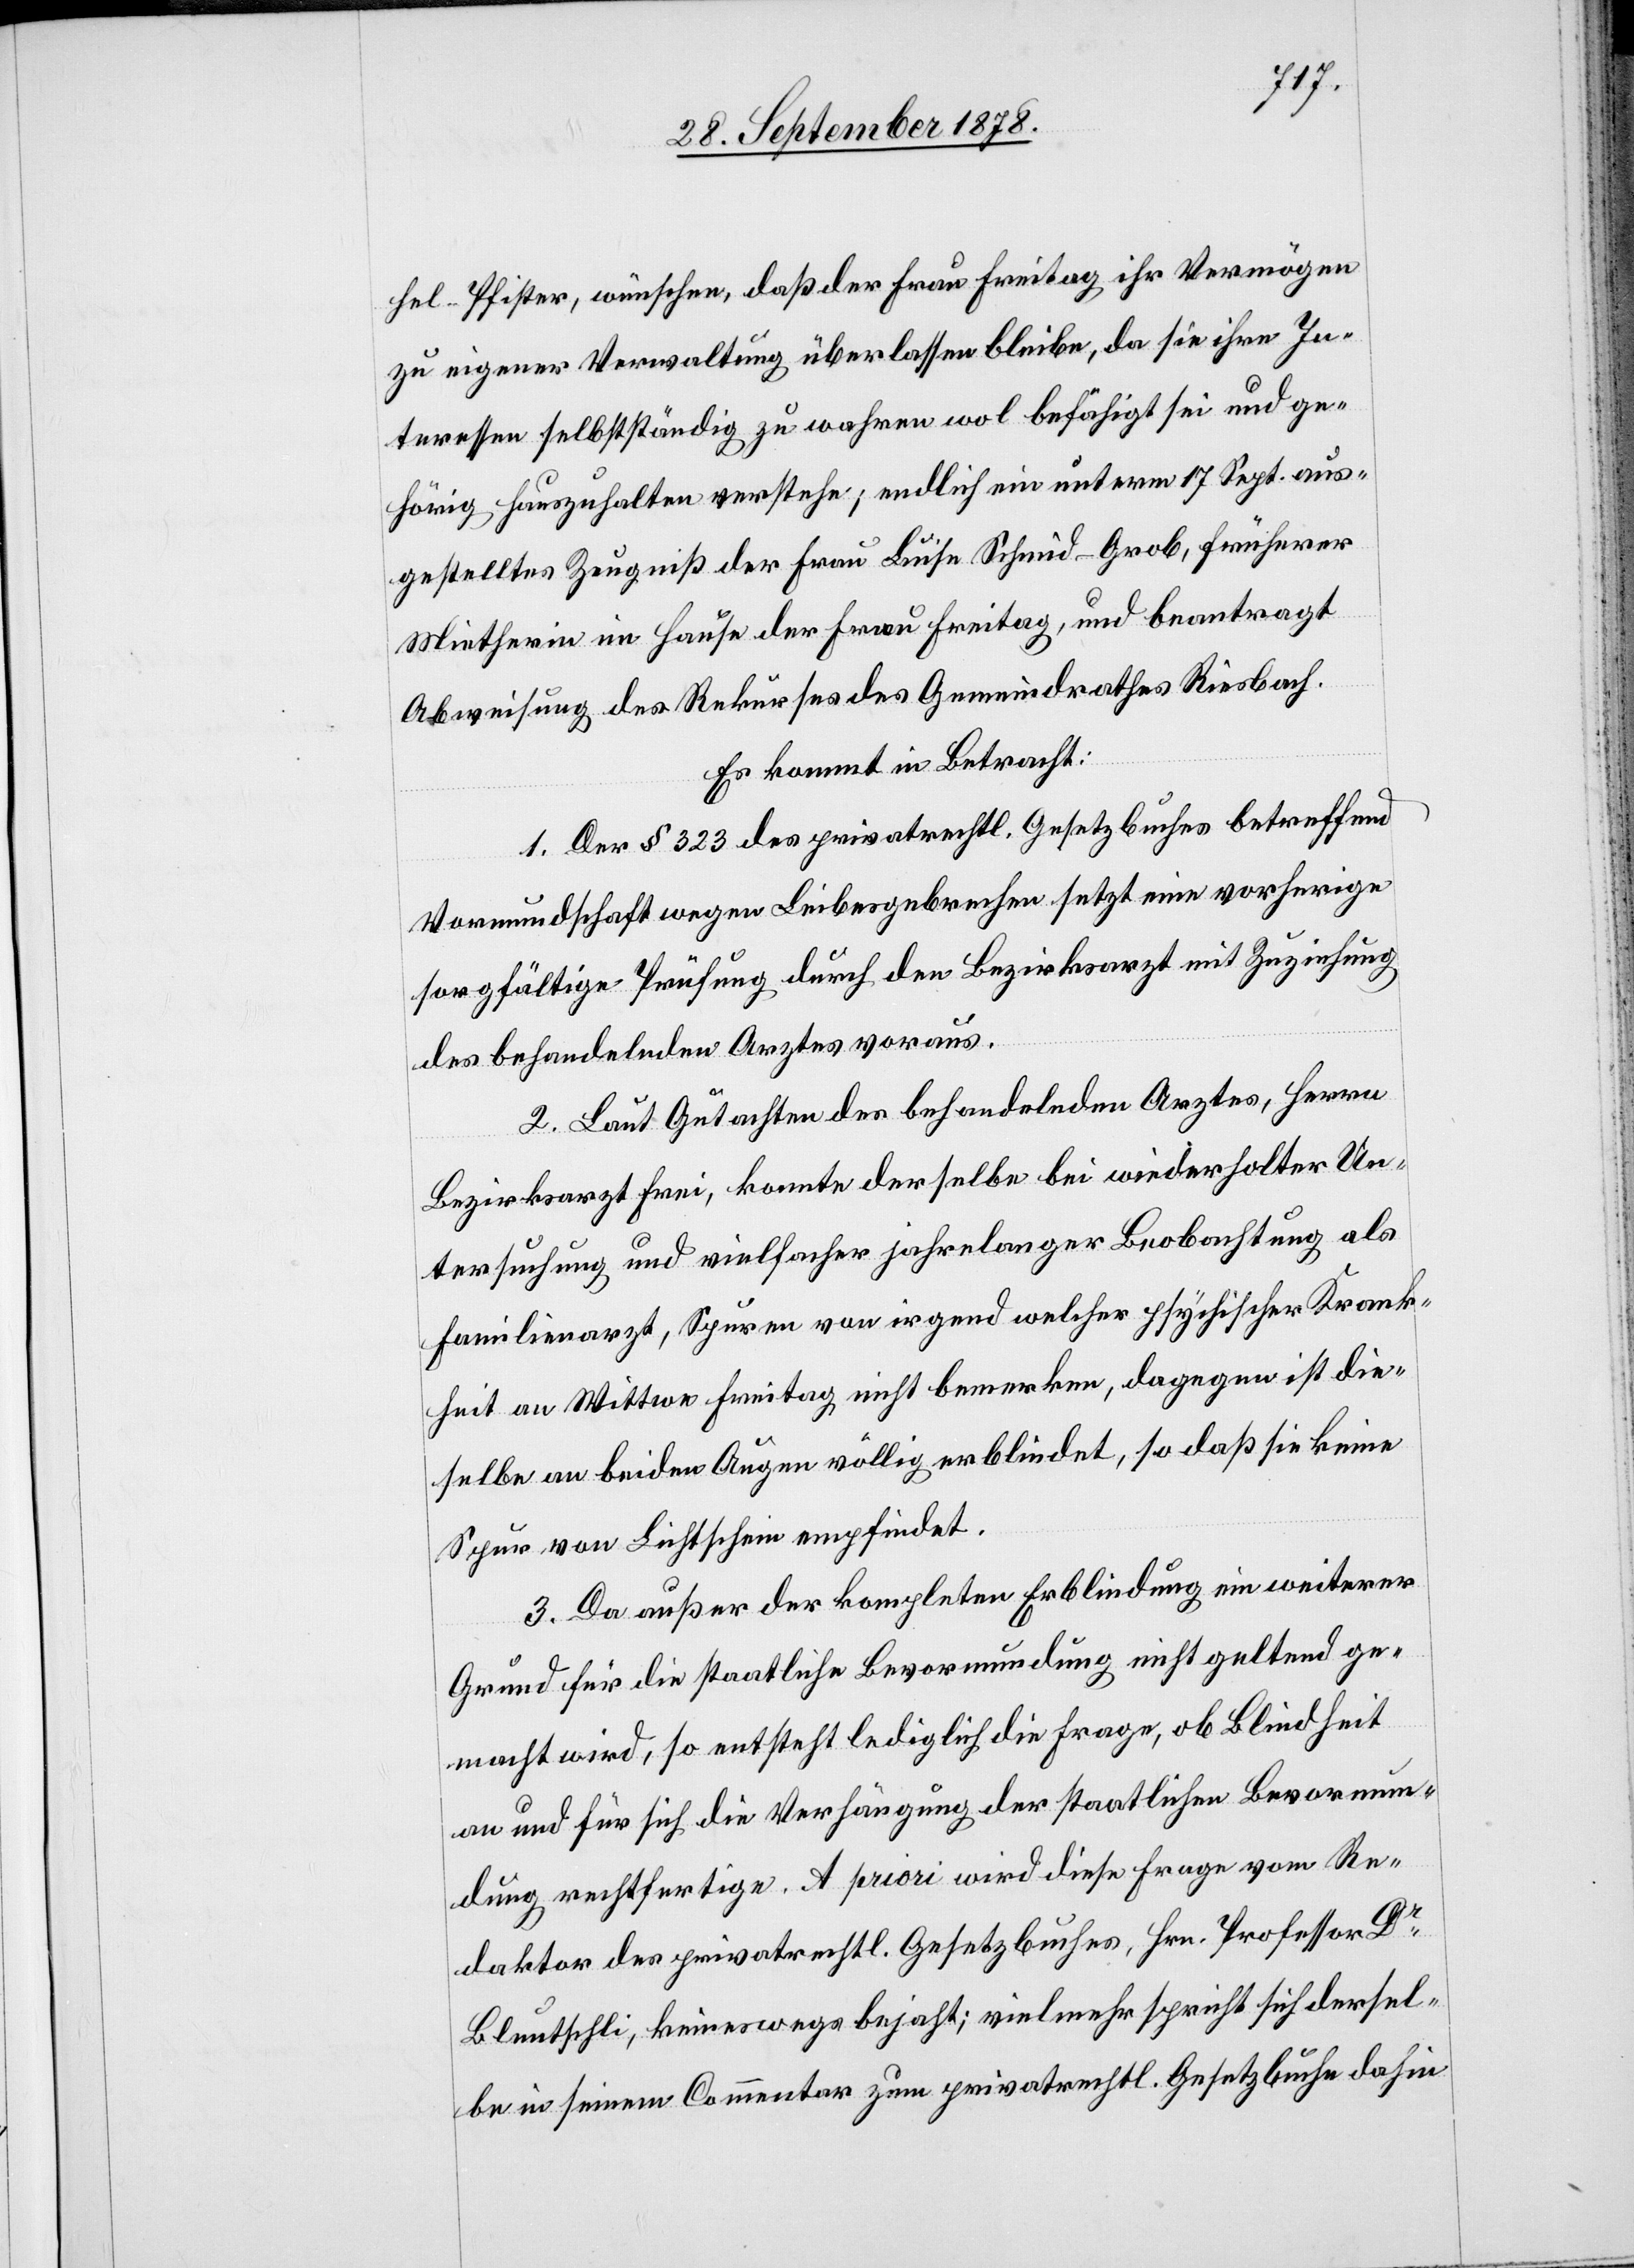
hel-Pfister, wünschen, daß der Frau Freitag ihr Vermögen
zu eigener Verwaltung überlassen bleibe, da sie ihre In¬
teressen selbstständig zu wahren wol befähigt sei und ge¬
hörig hauszuhalten verstehe; endlich ein unterm 17. Sept. aus¬
gestelltes Zeugniß der Frau Luise Schmid-Grob, früherer
Mietherin im Hause der Frau Freitag, und beantragt
Abweisung des Rekurses des Gemeindrathes Riesbach.
Es kommt in Betracht:
1. Der § 323 des privatrechtl. Gesetzbuches betreffend
Vormundschaft wegen Leibesgebrechen setzt eine vorherige
sorgfältige Prüfung durch den Bezirksarzt mit Zuziehung
des behandelnden Arztes voraus.
2. Laut Gutachten des behandelnden Arztes, Herrn
Bezirksarzt Frei, konnte derselbe bei wiederholter Un¬
tersuchung und vielfacher jahrelanger Beobachtung als
Familienarzt, Spuren von irgend welcher psychischer Krank¬
heit an Wittwe Freitag nicht bemerken, dagegen ist die¬
selbe an beiden Augen völlig erblindet, so daß sie keine
Spur von Lichtschein empfindet.
3. Da außer der kompleten Erblindung ein weiterer
Grund für die staatliche Bevormundung nicht geltend ge¬
macht wird, so entsteht lediglich die Frage, ob Blindheit
an und für sich die Verhängung der staatlichen Bevormun¬
dung rechtfertige. A priori wird diese Frage vom Re¬
daktor des privatrechtl. Gesetzbuches, Hrn. Professor Dr
Bluntschli, keineswegs bejaht; vielmehr spricht sich dersel¬
be in seinem Commentar zum privatrechtl. Gesetzbuche dahin